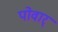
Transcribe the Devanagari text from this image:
पोवार्